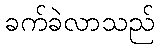
ခက်ခဲလာသည်